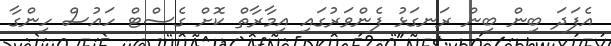
އެފަދަ ބިން ބިން ރަނގަޅު ފެންވަރުގައި އިމާރާތް ކޮށް ގެސްޓް ހައުސް ހިންގާ